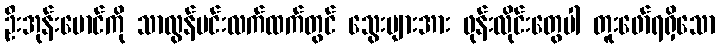
ဦးအုန်းမောင်ကို သာလွန်မင်းလက်ထက်တွင် သွေးများအား ဖုန်းလိုင်းတွေပါ တူးဖော်ရရှိသော